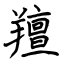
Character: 羶